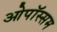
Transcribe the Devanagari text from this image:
ओपॉस्सम